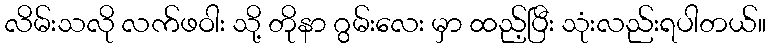
လိမ်းသလို လက်ဖဝါး သို့ တိုနာ ဂွမ်းလေး မှာ ထည့်ပြီး သုံးလည်းရပါတယ်။